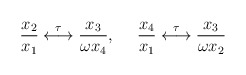
\begin{align*}\frac{x_2}{x_1}\stackrel{\tau}{\longleftrightarrow}\frac{x_3}{\omega x_4},~{}~~~\frac{x_4}{x_1}\stackrel{\tau}{\longleftrightarrow}\frac{x_3}{\omega x_2}\end{align*}